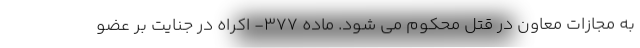
به مجازات معاون در قتل محکوم می شود. ماده ۳۷۷- اکراه در جنایت بر عضو